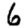
Digit: 6